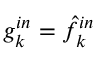
g _ { k } ^ { i n } = \hat { f } _ { k } ^ { i n }